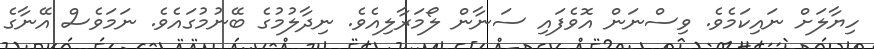
ހިޔާލަށް ނައިކަމެވެ. ވިސްނަން އޮވެފައި ސަނާން ލޯމަރާލިއެވެ. ނިދާލުމުގެ ބޭނުމުގައެވެ. ނަމަވެސް އޭނާގެ